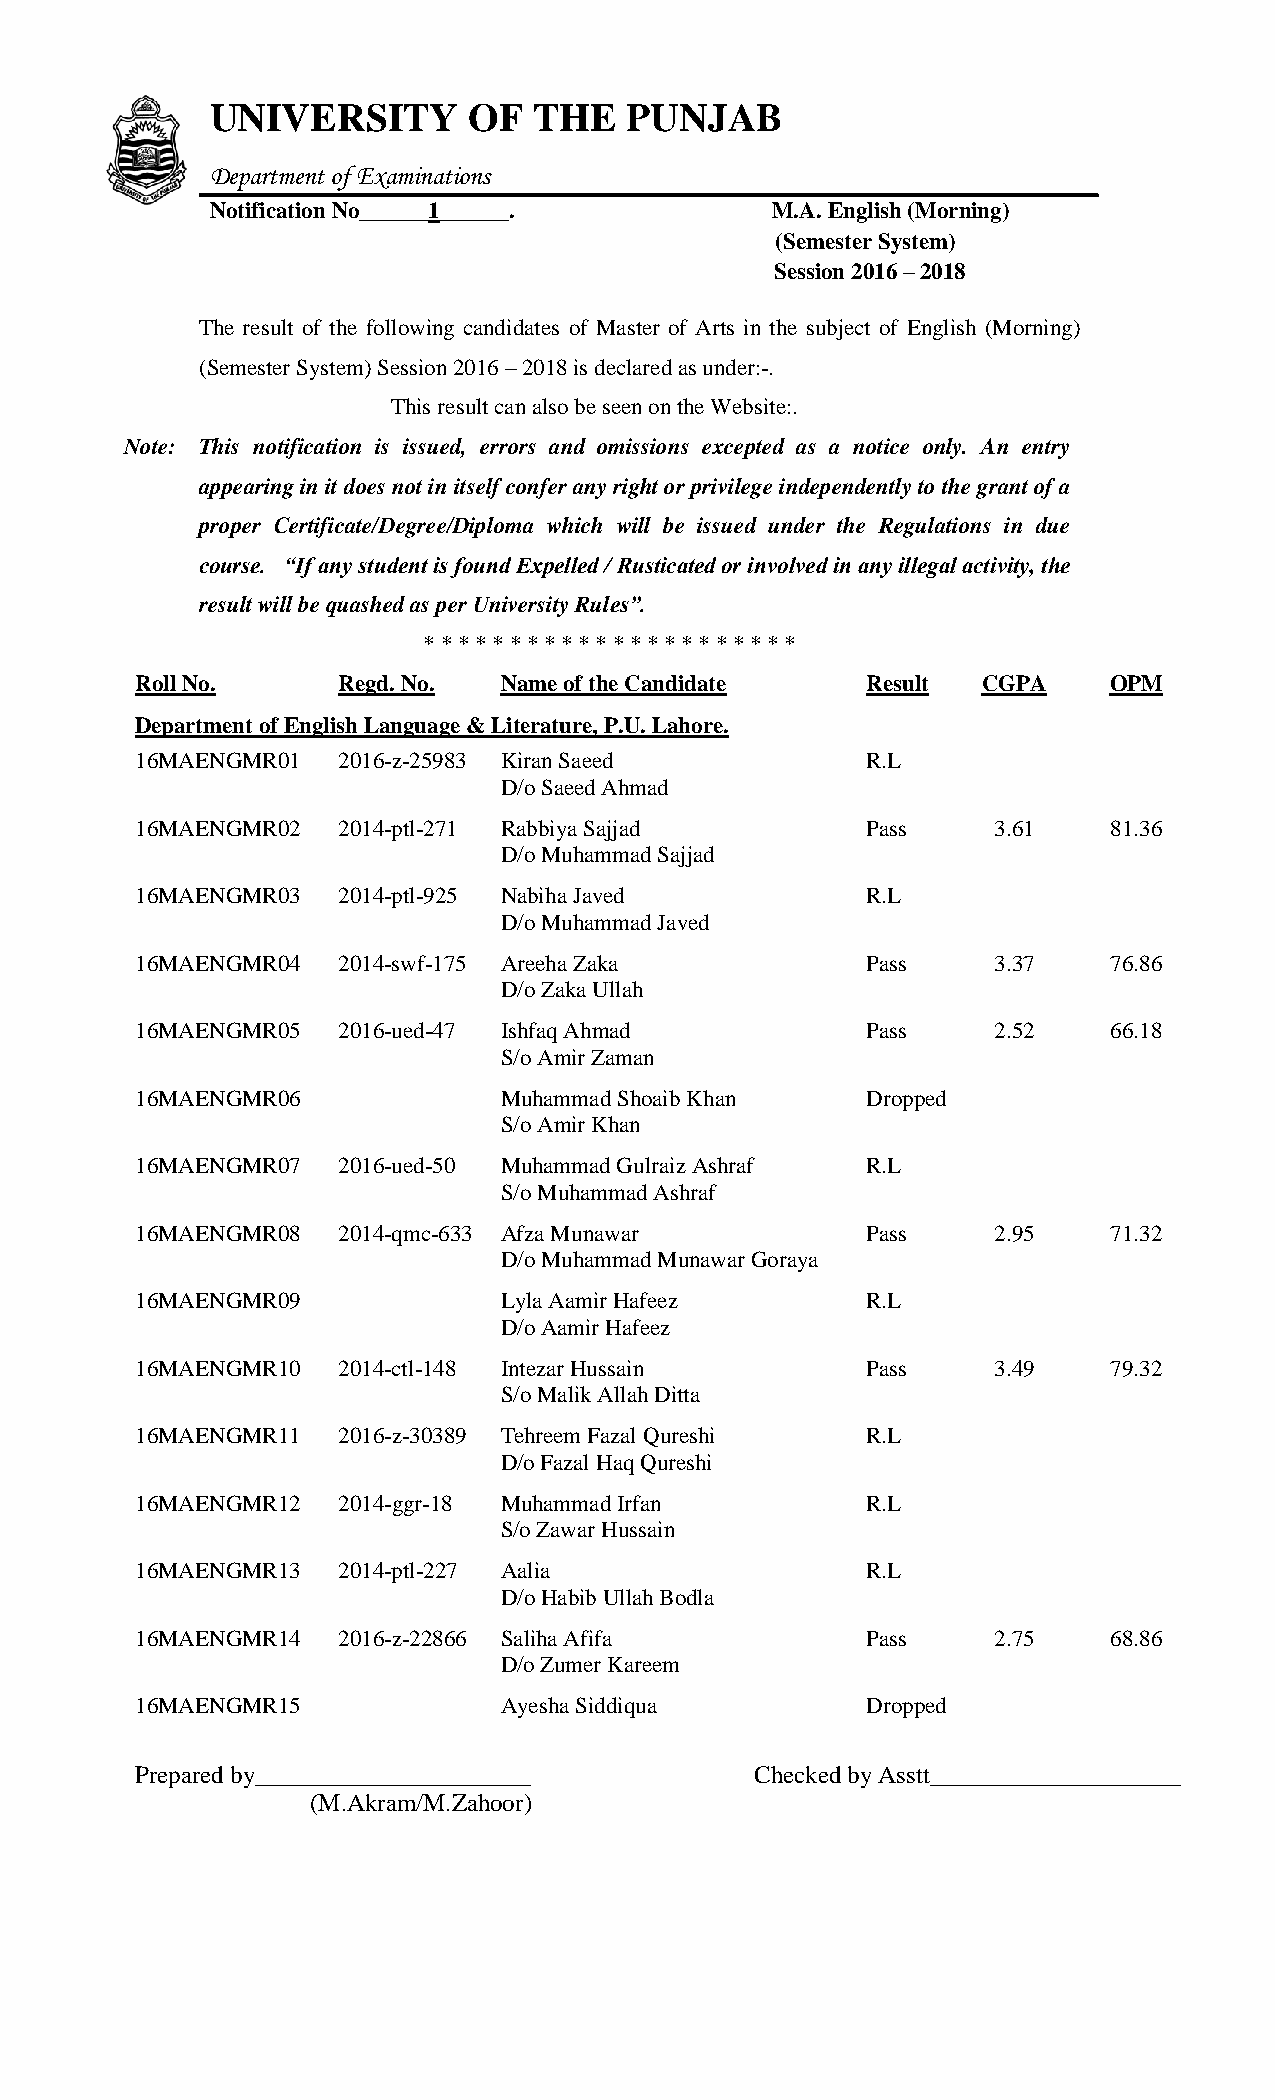
UNIVERSITY       OF  THE   PUNJAB
 Department of Examinations
 Notification No______1______.        M.A. English (Morning)
 (Semester System)
 Session 2016 – 2018
 The result of the following candidates of Master of Arts in the subject of English (Morning)
 (Semester System) Session 2016 – 2018 is declared as under:-.
 This result can also be seen on the Website:.
 Note: This notification is issued, errors and omissions excepted as a notice only. An entry
 appearing in it does not in itself confer any right or privilege independently to the grant of a
 proper Certificate/Degree/Diploma which will be issued under the Regulations in due
 course. “If any student is found Expelled / Rusticated or involved in any illegal activity, the
 result will be quashed as per University Rules”.
 * * * * * * * * * * * * * * * * * * * * * *
 Roll No.     Regd. No.  Name of the Candidate   Result  CGPA    OPM
 Department of English Language & Literature, P.U. Lahore.
 16MAENGMR01  2016-z-25983 Kiran Saeed           R.L
 D/o Saeed Ahmad
 16MAENGMR02  2014-ptl-271 Rabbiya Sajjad        Pass     3.61    81.36
 D/o Muhammad Sajjad
 16MAENGMR03  2014-ptl-925 Nabiha Javed          R.L
 D/o Muhammad Javed
 16MAENGMR04  2014-swf-175 Areeha Zaka           Pass     3.37    76.86
 D/o Zaka Ullah
 16MAENGMR05  2016-ued-47 Ishfaq Ahmad           Pass     2.52    66.18
 S/o Amir Zaman
 16MAENGMR06             Muhammad Shoaib Khan    Dropped
 S/o Amir Khan
 16MAENGMR07  2016-ued-50 Muhammad Gulraiz Ashraf R.L
 S/o Muhammad Ashraf
 16MAENGMR08  2014-qmc-633 Afza Munawar          Pass     2.95    71.32
 D/o Muhammad Munawar Goraya
 16MAENGMR09             Lyla Aamir Hafeez       R.L
 D/o Aamir Hafeez
 16MAENGMR10  2014-ctl-148 Intezar Hussain       Pass     3.49    79.32
 S/o Malik Allah Ditta
 16MAENGMR11  2016-z-30389 Tehreem Fazal Qureshi R.L
 D/o Fazal Haq Qureshi
 16MAENGMR12  2014-ggr-18 Muhammad Irfan         R.L
 S/o Zawar Hussain
 16MAENGMR13  2014-ptl-227 Aalia                 R.L
 D/o Habib Ullah Bodla
 16MAENGMR14  2016-z-22866 Saliha Afifa          Pass     2.75    68.86
 D/o Zumer Kareem
 16MAENGMR15             Ayesha Siddiqua         Dropped
 Prepared by______________________        Checked by Asstt____________________
 (M.Akram/M.Zahoor)